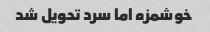
خوشمزه اما سرد تحویل شد